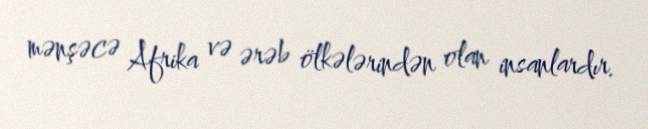
mənşəcə Afrika və ərəb ölkələrindən olan insanlardır.